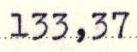
133,37